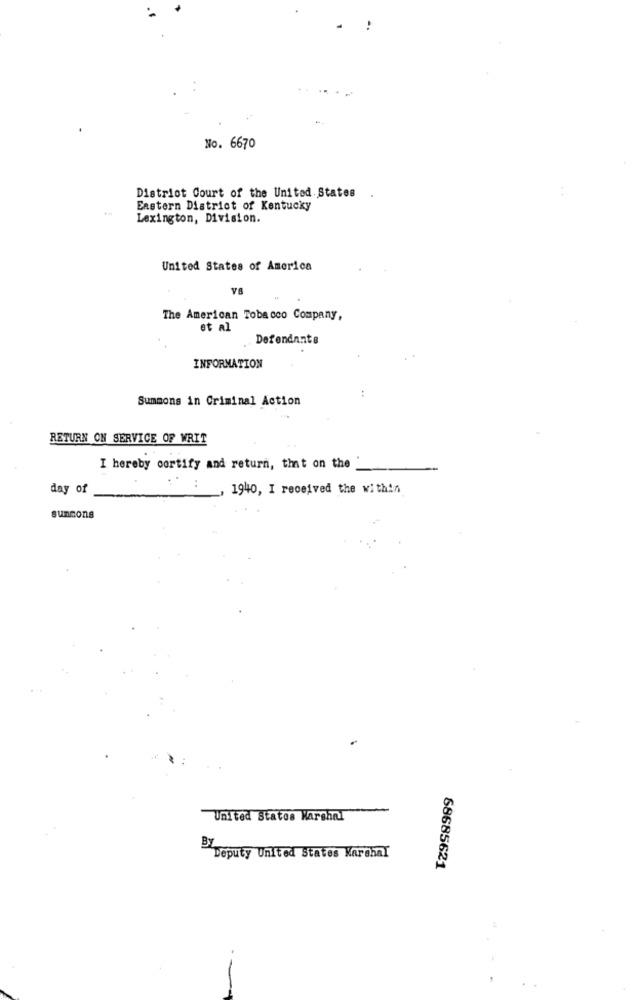
No. 6670
District Court of the United States
Eastern District of Kentucky
Lexington, Division.
United States of America
VB
The American Tobacco Company,
et al
Defendants
INFORMATION
Summons in Criminal Action
RETURN ON SERVICE OF WRIT
I hereby certify and return, that on the
day of
1940, I received the within
summons
United States Marshal
By
Deputy United States Marshal
68685621